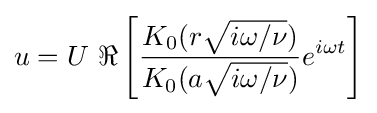
u=U\ \Re \left[{\frac {K_{0}(r{\sqrt {i\omega /\nu }})}{K_{0}(a{\sqrt {i\omega /\nu }})}}e^{i\omega t}\right]